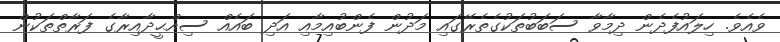
ވެއެވެ. ހިލައުފެދެން ދިމާވާ ސަބަބުތަކުގެތެރޭގައި މަދުން ފެންބުއިމާއި އަދި ބައެއް ސިއްޙީދާއިރާގެ ފަރާތްތަކުން